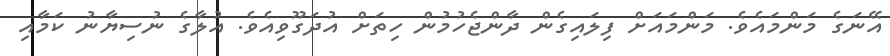
އޭނަގެ މަންމައެވެ. މަންމައަށް ފިލައިގެން ދާންޖެހުމުން ހިތަށް އުދަގޫވިއެވެ. އުލާގެ ނުސިޔާނު ކަމާއި